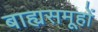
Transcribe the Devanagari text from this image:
बाह्यसमूहों